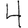
Digit: 4